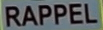
RAPPEL